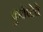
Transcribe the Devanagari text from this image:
कुचेष्टेचे